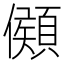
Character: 䫛